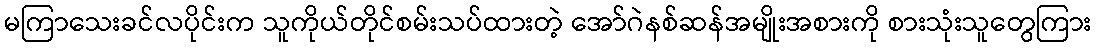
မကြာသေးခင်လပိုင်းက သူကိုယ်တိုင်စမ်းသပ်ထားတဲ့ အော်ဂဲနစ်ဆန်အမျိုးအစားကို စားသုံးသူတွေကြား